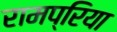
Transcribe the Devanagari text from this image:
रामप्रिया